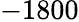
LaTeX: -1800